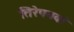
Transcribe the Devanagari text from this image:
तिरेपनवां